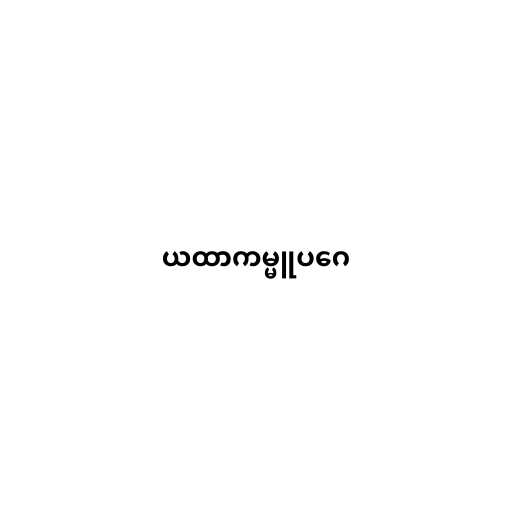
ယထာကမ္မူပဂေ